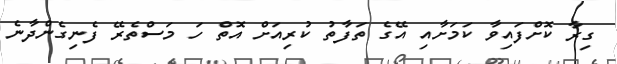
ގިރާ ކޮށްފައިވާ ކަމަށާއި އޭގެ ތަފާތު ކުރިއަށް އޮތް ހަ މަސްތެރޭ ފެނިގެންދާނެ